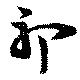
祁